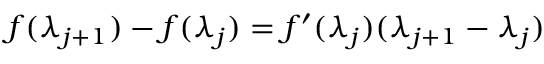
f ( \lambda _ { j + 1 } ) - f ( \lambda _ { j } ) = f ^ { \prime } ( \lambda _ { j } ) ( \lambda _ { j + 1 } - \lambda _ { j } )